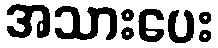
အသားပေး